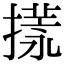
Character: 𢳌